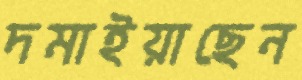
দমাইয়াছেন